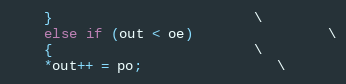
Language: C++
    }						\
    else if (out < oe)				\
    {						\
	*out++ = po;				\